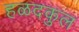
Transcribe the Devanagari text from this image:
हळदकुल